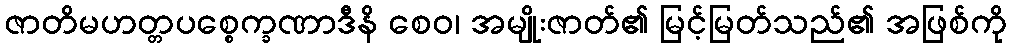
ဇာတိမဟတ္တပစ္စေက္ခဏာဒီနိ စေဝ၊ အမျိုးဇာတ်၏ မြင့်မြတ်သည်၏ အဖြစ်ကို